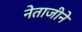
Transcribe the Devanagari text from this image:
नेताजीने